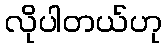
လိုပါတယ်ဟု